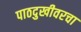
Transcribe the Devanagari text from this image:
पाठदुखीवरचा